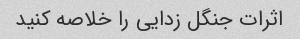
اثرات جنگل زدایی را خلاصه کنید